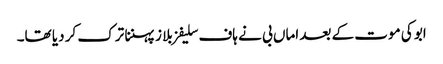
ابو کی موت کے بعد اماں بی نے ہاف سلیفز بلا ز پہننا ترک کر دیا تھا۔